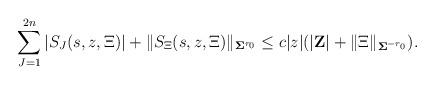
LaTeX: \begin{align*}\sum_{J=1}^{2n}| S_{J}(s,z,\Xi)|+\|S_{\Xi}(s,z,\Xi)\|_{\mathbf \Sigma^{r_0}}\leq c |z|(|\mathbf Z|+\|\Xi\|_{\mathbf \Sigma^{-r_0}}).\end{align*}